Medical and sanitary report of the native army of Bengal for the year
Year: 1876
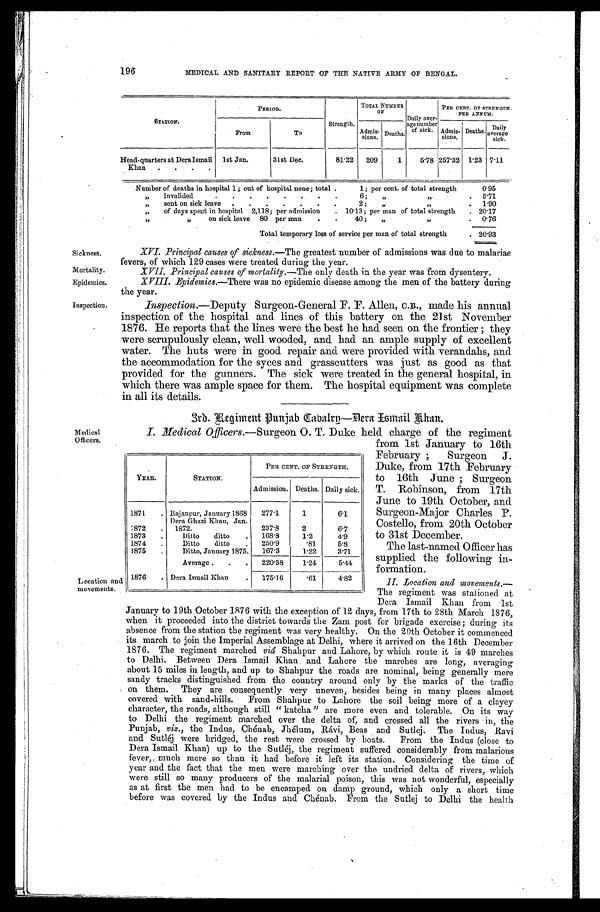
Sickness.
Mortality.
Epidemics.
Inspection.
196
Medical
Officers.
Location and
movements.
MEDICAL AND SANITARY REPORT OF THE NATIVE ARMY OF BENGAL.
STATION.
PERIOD.
Strength.
TOTAL NUMBER
OF
Daily aver
-
age number
of sick.
PER CENT. OF STRENGTH
PER ANNUM.
From
To
Admis- sions.
Deaths.
Admis-
sions.
Deaths. Daily
average sick.
Head-quarters at Dera Ismail
Khan
1st Jan.
31st Dec.
81.22 209
1
5.78 257.32 1.23 7.11
Number of deaths in hospital 1; out of hospital none; total
1; per cent. of total strength
0.95
„ invalided
6; „ „
5.71
„ sent on sick leave
2; „ „
1.90
„ of days spent in hospital 2,118; per admission
10.13; per man of total strength
20.17
„ „
on sick leave 80 per man
40; „
0.76
Total temporary loss of service per man of total strength
20.93
XVI. Principal causes of sickness. —The greatest number of admissions was due to malariae
fevers, of which 129 cases were treated during the year.
XVII. Principal causes of mortality. —The only death in the year was from dysentery.
XVIII.Epidemics.—There was no epidemic disease among the men of the battery during
the year.
Inspection.— Deputy Surgeon-General F. F. Allen, C.B., made his annual
inspection of the hospital and lines of this battery on the 21st November
1876. He reports that the lines were the best he had seen on the frontier; they
were scrupulously clean, well wooded, and had an ample supply of excellent
water. The huts were in good repair and were provided with verandahs, and
the accommodation for the syces and grasscutters was just as good as that
provided for the gunners. The sick were treated in the general hospital, in
which there was ample space for them. The hospital equipment was complete
in all its details.
3rd Regiment Punjab Gabalry—Dera Ismail Khan.
I. Medical Officers.—Surgeon O. T. Duke held charge of the regiment
YEAR.
STATION.
PER CENT. OF STRENGTH.
Admission. Deaths. Daily sick.
1871
Rajanpur, January 1868 277.1
1
6.1
1872
Dera Ghazi Khan, Jan.
1872.
237.8
2
6.7
1873
Ditto ditto
168.8
1.2
4. 9
1874
Ditto ditto
250.9
.81
5.8
1875
Ditto, January 1875 167.3
1.22
3.71
Average
220.38
1.24
5.44
1876
Dera Ismail Khan
175.16
.61
4.82
from 1st January to 16th
February; Surgeon J.
Duke, from 17th February
to 16th June; Surgeon
T. Robinson, from 17th
June to 19th October, and
Surgeon-Major Charles P.
Costello, from 20th October
to 31st December.
The last-named Officer has
supplied the following in
-formation.
II. Location and movements.—
The regiment was stationed at
Dera Ismail Khan from 1st
January to 19th October 1876 with the exception of 12 days, from 17th to 28th March 1876,
when it proceeded into the district towards the Zam post for brigade exercise; during its
absence from the station the regiment was very healthy. On the 20th October it commenced
its march to join the Imperial Assemblage at Delhi, where it arrived on the 16th December
1876. The regiment marched viâ Shahpur and Lahore, by which route it is 49 marches
to Delhi. Between Dera Ismail Khan and Lahore the marches are long, averaging
about 15 miles in length, and up to Shahpur the roads are nominal, being generally mere
sandy tracks distinguished from the country around only by the marks of the traffic
on them. They are consequently very uneven, besides being in many places almost
covered with sand-hills. From Shahpur to Lahore the soil being more of a clayey
character, the roads, although still "katcha" are more even and tolerable. On its way
to Delhi the regiment marched over the delta of, and crossed all the rivers in, the
Punjab, viz., the Indus, Chénab, Jhélum, Ravi, Beas and Sutlej. The Indus, Ravi
and Sutléj were bridged, the rest were crossed by boats. From the Indus (close to
Dera Ismail Khan) up to the Sutléj, the regiment suffered considerably from malarious
fever, much more so than it had before it left its station. Considering the time of
year and the fact that the men were marching over the undried delta of rivers, which
were still so many producers of the malarial poison, this was not wonderful, especially
as at first the men had to be encamped on damp ground, which only a short time
before was covered by the Indus and Chénab. From the Sutlej to Delhi the health